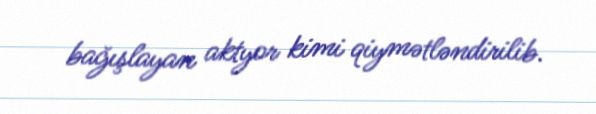
bağışlayan aktyor kimi qiymətləndirilib.